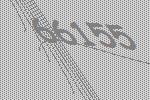
66155